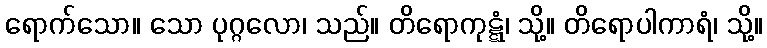
ရောက်သော။ သော ပုဂ္ဂလော၊ သည်။ တိရောကုဋ္ဋံ၊ သို့။ တိရောပါကာရံ၊ သို့။